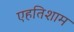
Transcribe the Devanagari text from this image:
एहतिशाम